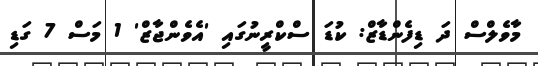
މާވެލްސް ދަ ޑިފެންޑާޒް: ކުޑަ ސްކްރީނުގައި 'އެވެންޖާޒް' 1 މަސް 7 ގަޑި